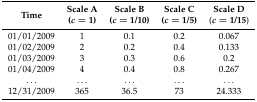
<table><thead><tr><td rowspan="2"><b>Time</b></td><td><b>Scale A</b></td><td><b>Scale B</b></td><td><b>Scale C</b></td><td><b>Scale D</b></td></tr><tr><td><b>(<i>c</i> = 1)</b></td><td><b>(<i>c</i> = 1/10)</b></td><td><b>(<i>c</i> = 1/5)</b></td><td><b>(<i>c</i> = 1/15)</b></td></tr></thead><tbody><tr><td>01/01/2009</td><td>1</td><td>0.1</td><td>0.2</td><td>0.067</td></tr><tr><td>01/02/2009</td><td>2</td><td>0.2</td><td>0.4</td><td>0.133</td></tr><tr><td>01/03/2009</td><td>3</td><td>0.3</td><td>0.6</td><td>0.2</td></tr><tr><td>01/04/2009</td><td>4</td><td>0.4</td><td>0.8</td><td>0.267</td></tr><tr><td>...</td><td>...</td><td>...</td><td>...</td><td>...</td></tr><tr><td>12/31/2009</td><td>365</td><td>36.5</td><td>73</td><td>24.333</td></tr></tbody></table>